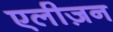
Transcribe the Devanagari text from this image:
एलीज़न